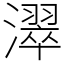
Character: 濢